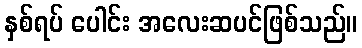
နှစ်ရပ် ပေါင်း အလေးဆပင်ဖြစ်သည်။